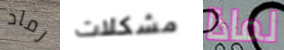
رماد مشكلات لماذا